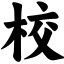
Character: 校